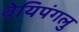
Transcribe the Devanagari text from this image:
वेयिपंगलु